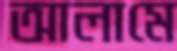
আলামে